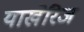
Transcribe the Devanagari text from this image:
याखेरिज